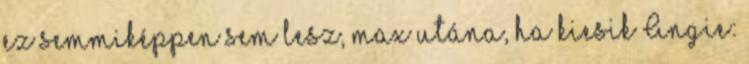
ez semmiképpen sem lesz, max utána, ha kiesik Angie: